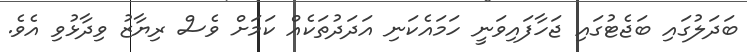
ބަދަލުގައި ބަޖެޓުގައި ޖަހާފައިވަނީ ހަމައެކަނި އަދަދުތަކެއް ކަމަށް ވެސް ރިޔާޒު ވިދާޅުވި އެވެ.